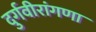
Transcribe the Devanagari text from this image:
दुर्गवीरांगणा